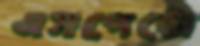
এসপেট্টো